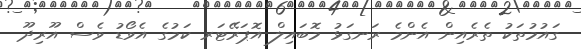
ގައުމުތަކު ތެރެއިން އެންމެ ރަނގަޅު މޮބައިލް އޮޕަރޭޓަރ ކަމުގެ އެވޯޑު ވެސް އޫރިދޫ